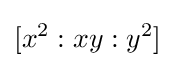
[x^{2}:xy:y^{2}]